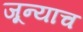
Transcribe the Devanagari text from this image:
जून्याच